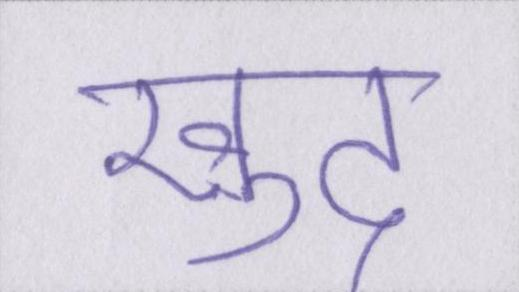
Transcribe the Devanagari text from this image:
ख़ुद